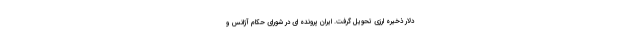
دلار ذخیره ارزی تحویل گرفت. ایران پرونده ای در شورای حکام آژانس و